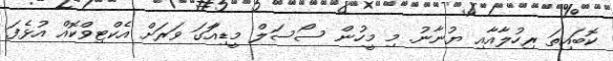
ކޮބައިތަ ރިހުލާއާއި ޔުނާނު. މި މީހުން ސޯސަލް މީޑިއަާގަ ވަރަށް އެކްޓިވްކޮއް އުޅެފަ